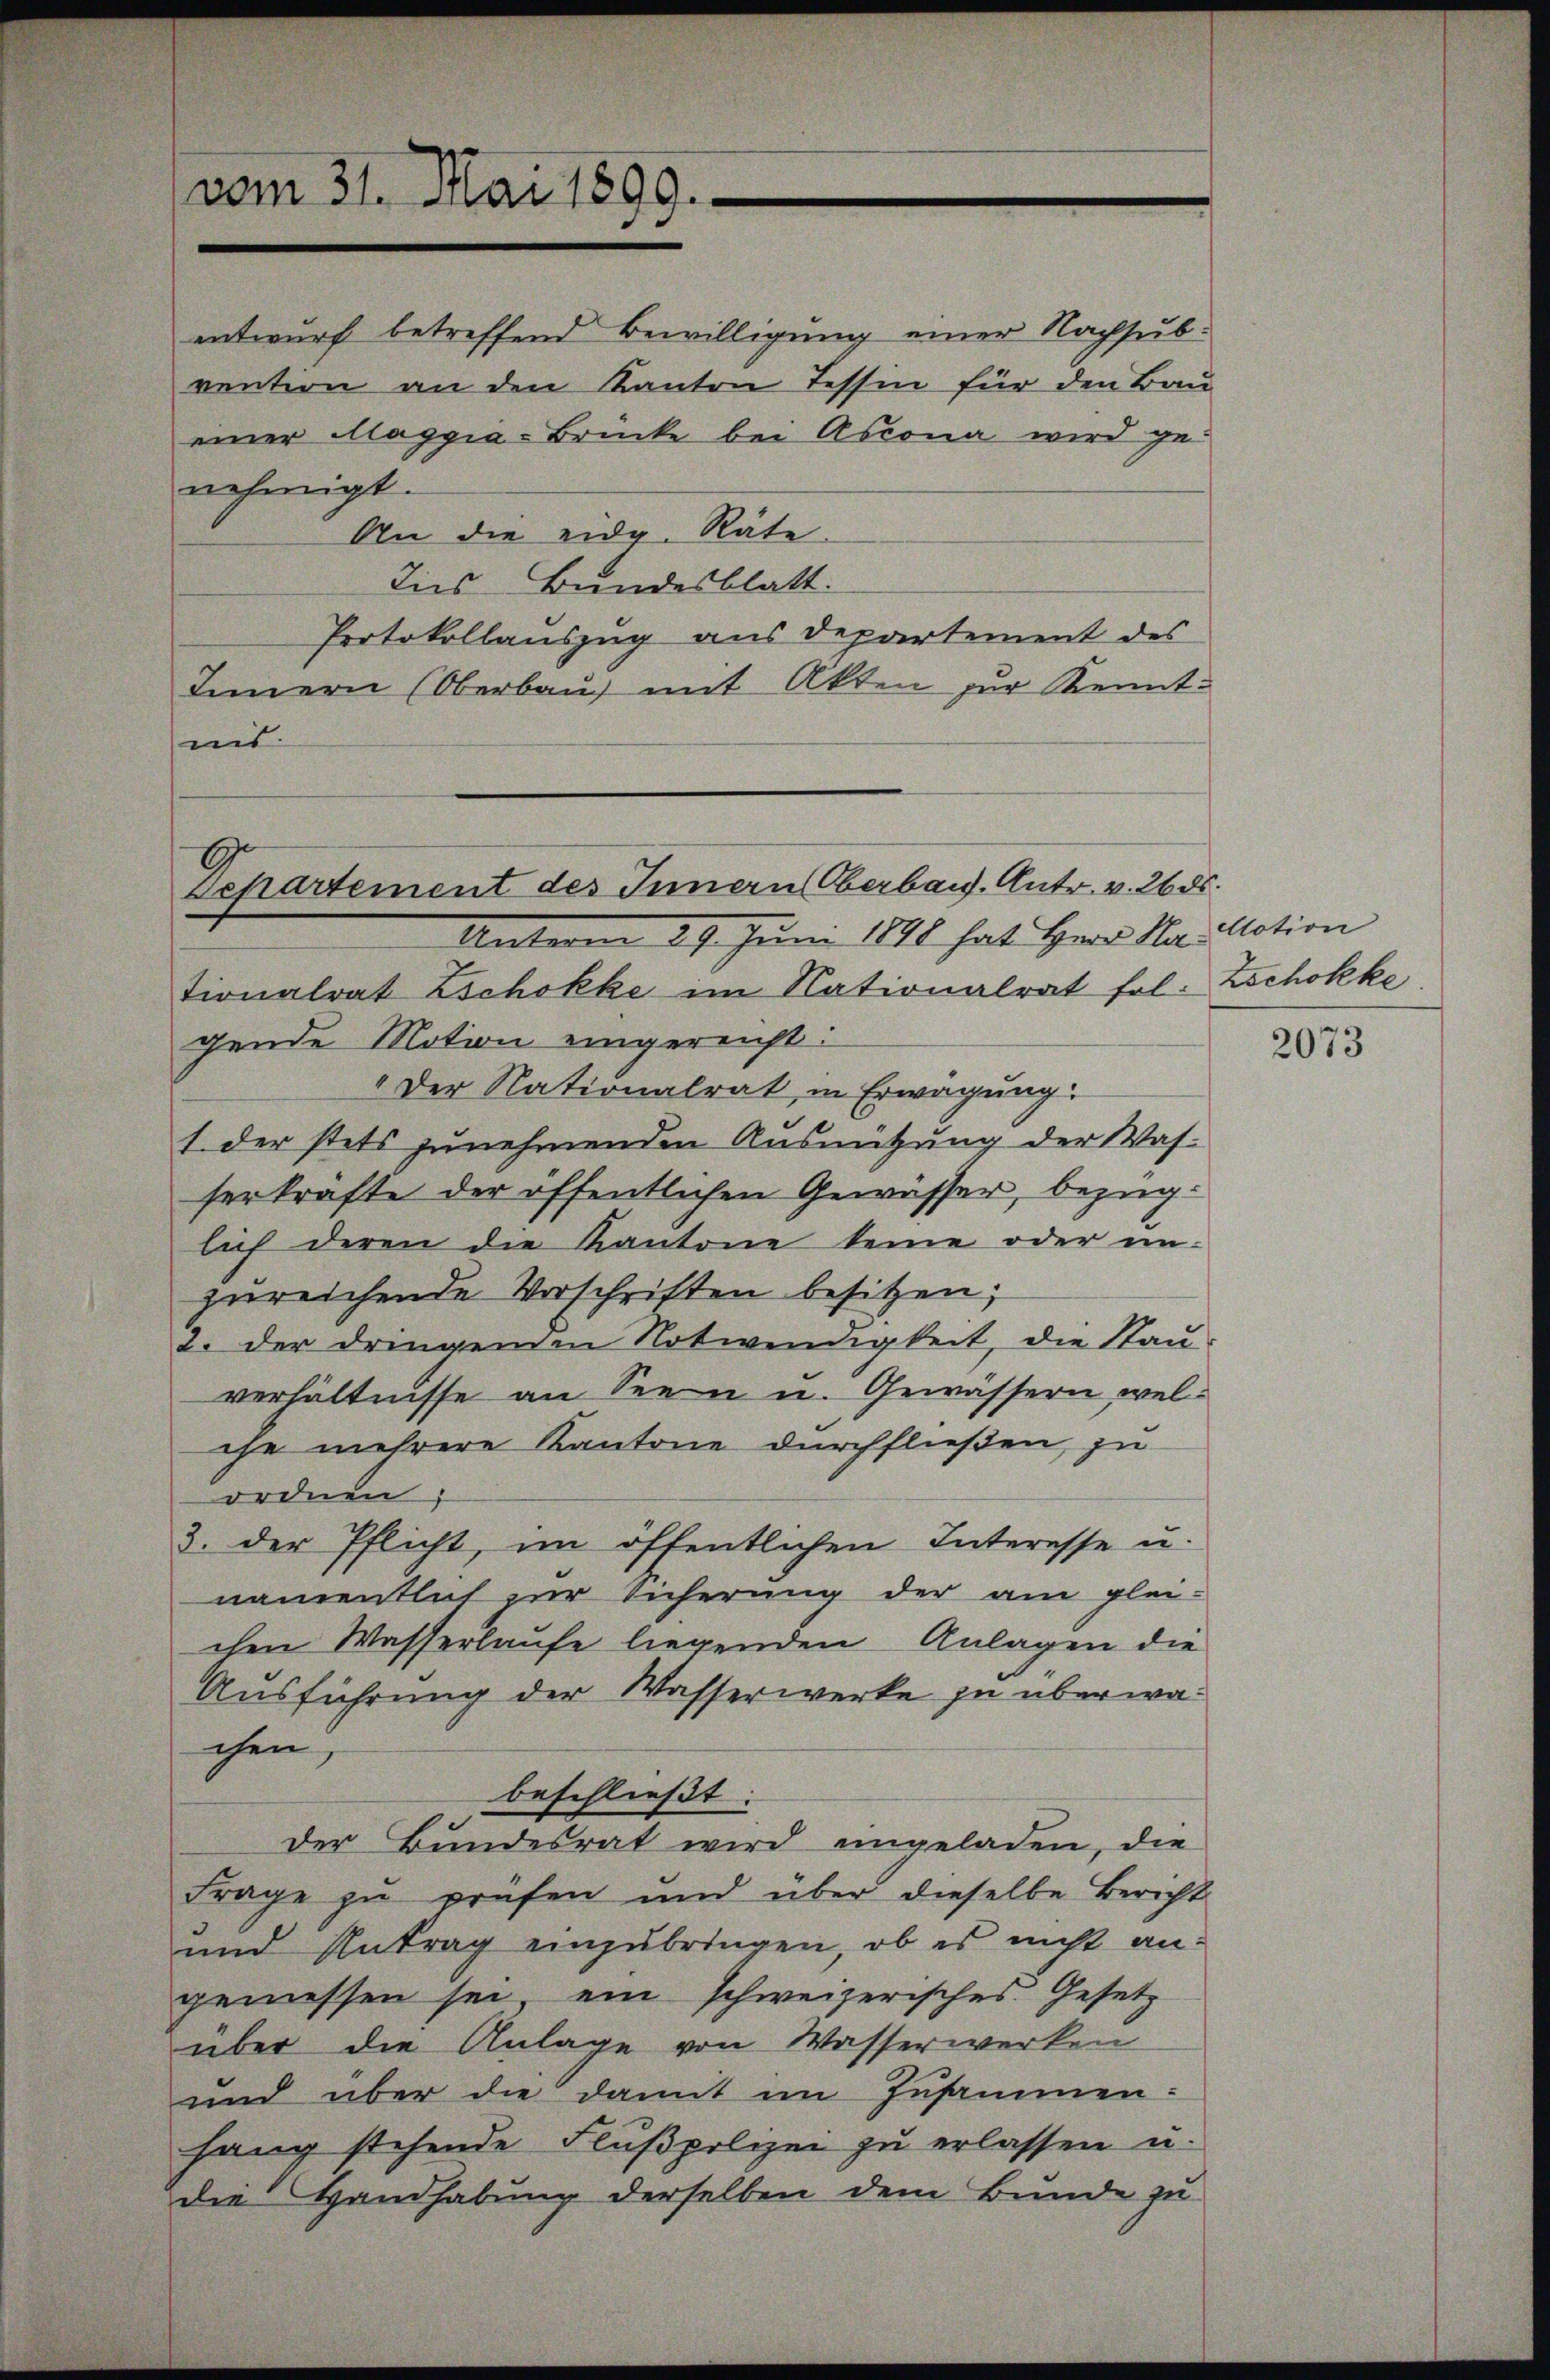
entwurf betreffend Bewilligung einer Nachsubvention an den Kanton Tessin für den Bau
einer Maggia-Brücke bei Ascona wird ge¬
An die eidg. Räte.
Ines Bundesblatt.
Protokollauszug aus Departement des
Innern (Oberbau mit Akten zur Kenntmit

vom 31. Mai 1899.

nehmigt.

Sekartement des Innern Oberbaus. Antr. v. 2685.
Unterm 29. Juni 1890 hat Herr Ma-

tionalrat Zschokke im Nationalrat fol- Zschokke
gende Motion eingereicht:
Der Nationalrat in Erwägung
1. der stets zunehmenden Ausnützung der Was-
serkräfte der öffentlichen Gewässer, bezüglich deren die Kantone keine oder un-
zŭreichende Vorschriften besitzen;
2. der dringenden Notwendigkeit, die Stau
verhältnisse an Seen u. Gewässern, welihe mehrere Kantone durchfließen, zu
ordnen;
3. der Pflicht, im öffentlichen Interesse u.
namentlich zur Sicherung der am gleichen Wasserlaufe liegenden Anlagen die
Ausführung der Wasserwerke zu überwachen,
beschließt:
der Bundesrat wird eingeladen, die
Frage zu prüfen und über dieselbe Bericht
und Antrag einzubringen, ob es nicht angemessen sei, ein schweizerisches Gesetz
über die Anlage von Wasserwerken
und über die damit im Zusammen-
hang stehende Flŭβpolizei zŭ erlassen u.
die Handhabung derselben dem Bunde zu

Motion

2073